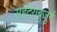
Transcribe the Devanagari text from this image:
सहदेयबुजुर्ग